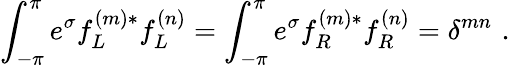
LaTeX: \int_{-\pi}^{\pi}e^{\sigma}f_{L}^{(m)*}f_{L}^{(n)}=\int_{-\pi}^{\pi}e^{\sigma}f_{R}^{(m)*}f_{R}^{(n)}=\delta^{mn}\, \, .